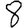
Digit: 8